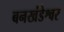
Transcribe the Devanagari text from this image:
बनखंडेश्वर